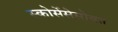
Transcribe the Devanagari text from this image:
स्कोर्सेसेसोबत